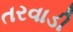
તરવાડી